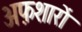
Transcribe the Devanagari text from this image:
अफ़शारों